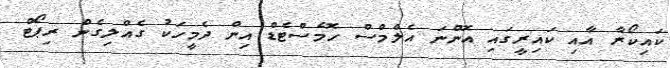
ކައިކޯރާ އާއި ކައިރީގައި އޮންނަ އެލްމްސް ހޮމެސްޓެޑް އިން ދެމީހަކު ގެއްލިގެން ރިޕޯޓް